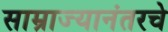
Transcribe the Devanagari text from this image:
साम्राज्यानंतरचे